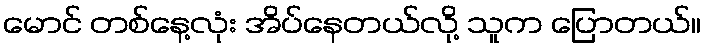
မောင် တစ်နေ့လုံး အိပ်နေတယ်လို့ သူက ပြောတယ်။